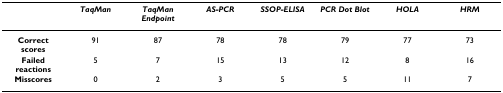
|  | TaqMan | TaqMan Endpoint | AS-PCR | SSOP-ELISA | PCR Dot Blot | HOLA | HRM |
 | --- | --- | --- | --- | --- | --- | --- | --- |
 | Correct scores | 91 | 87 | 78 | 78 | 79 | 77 | 73 |
 | Failed reactions | 5 | 7 | 15 | 13 | 12 | 8 | 16 |
 | Misscores | 0 | 2 | 3 | 5 | 5 | 11 | 7 |